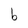
Character: b